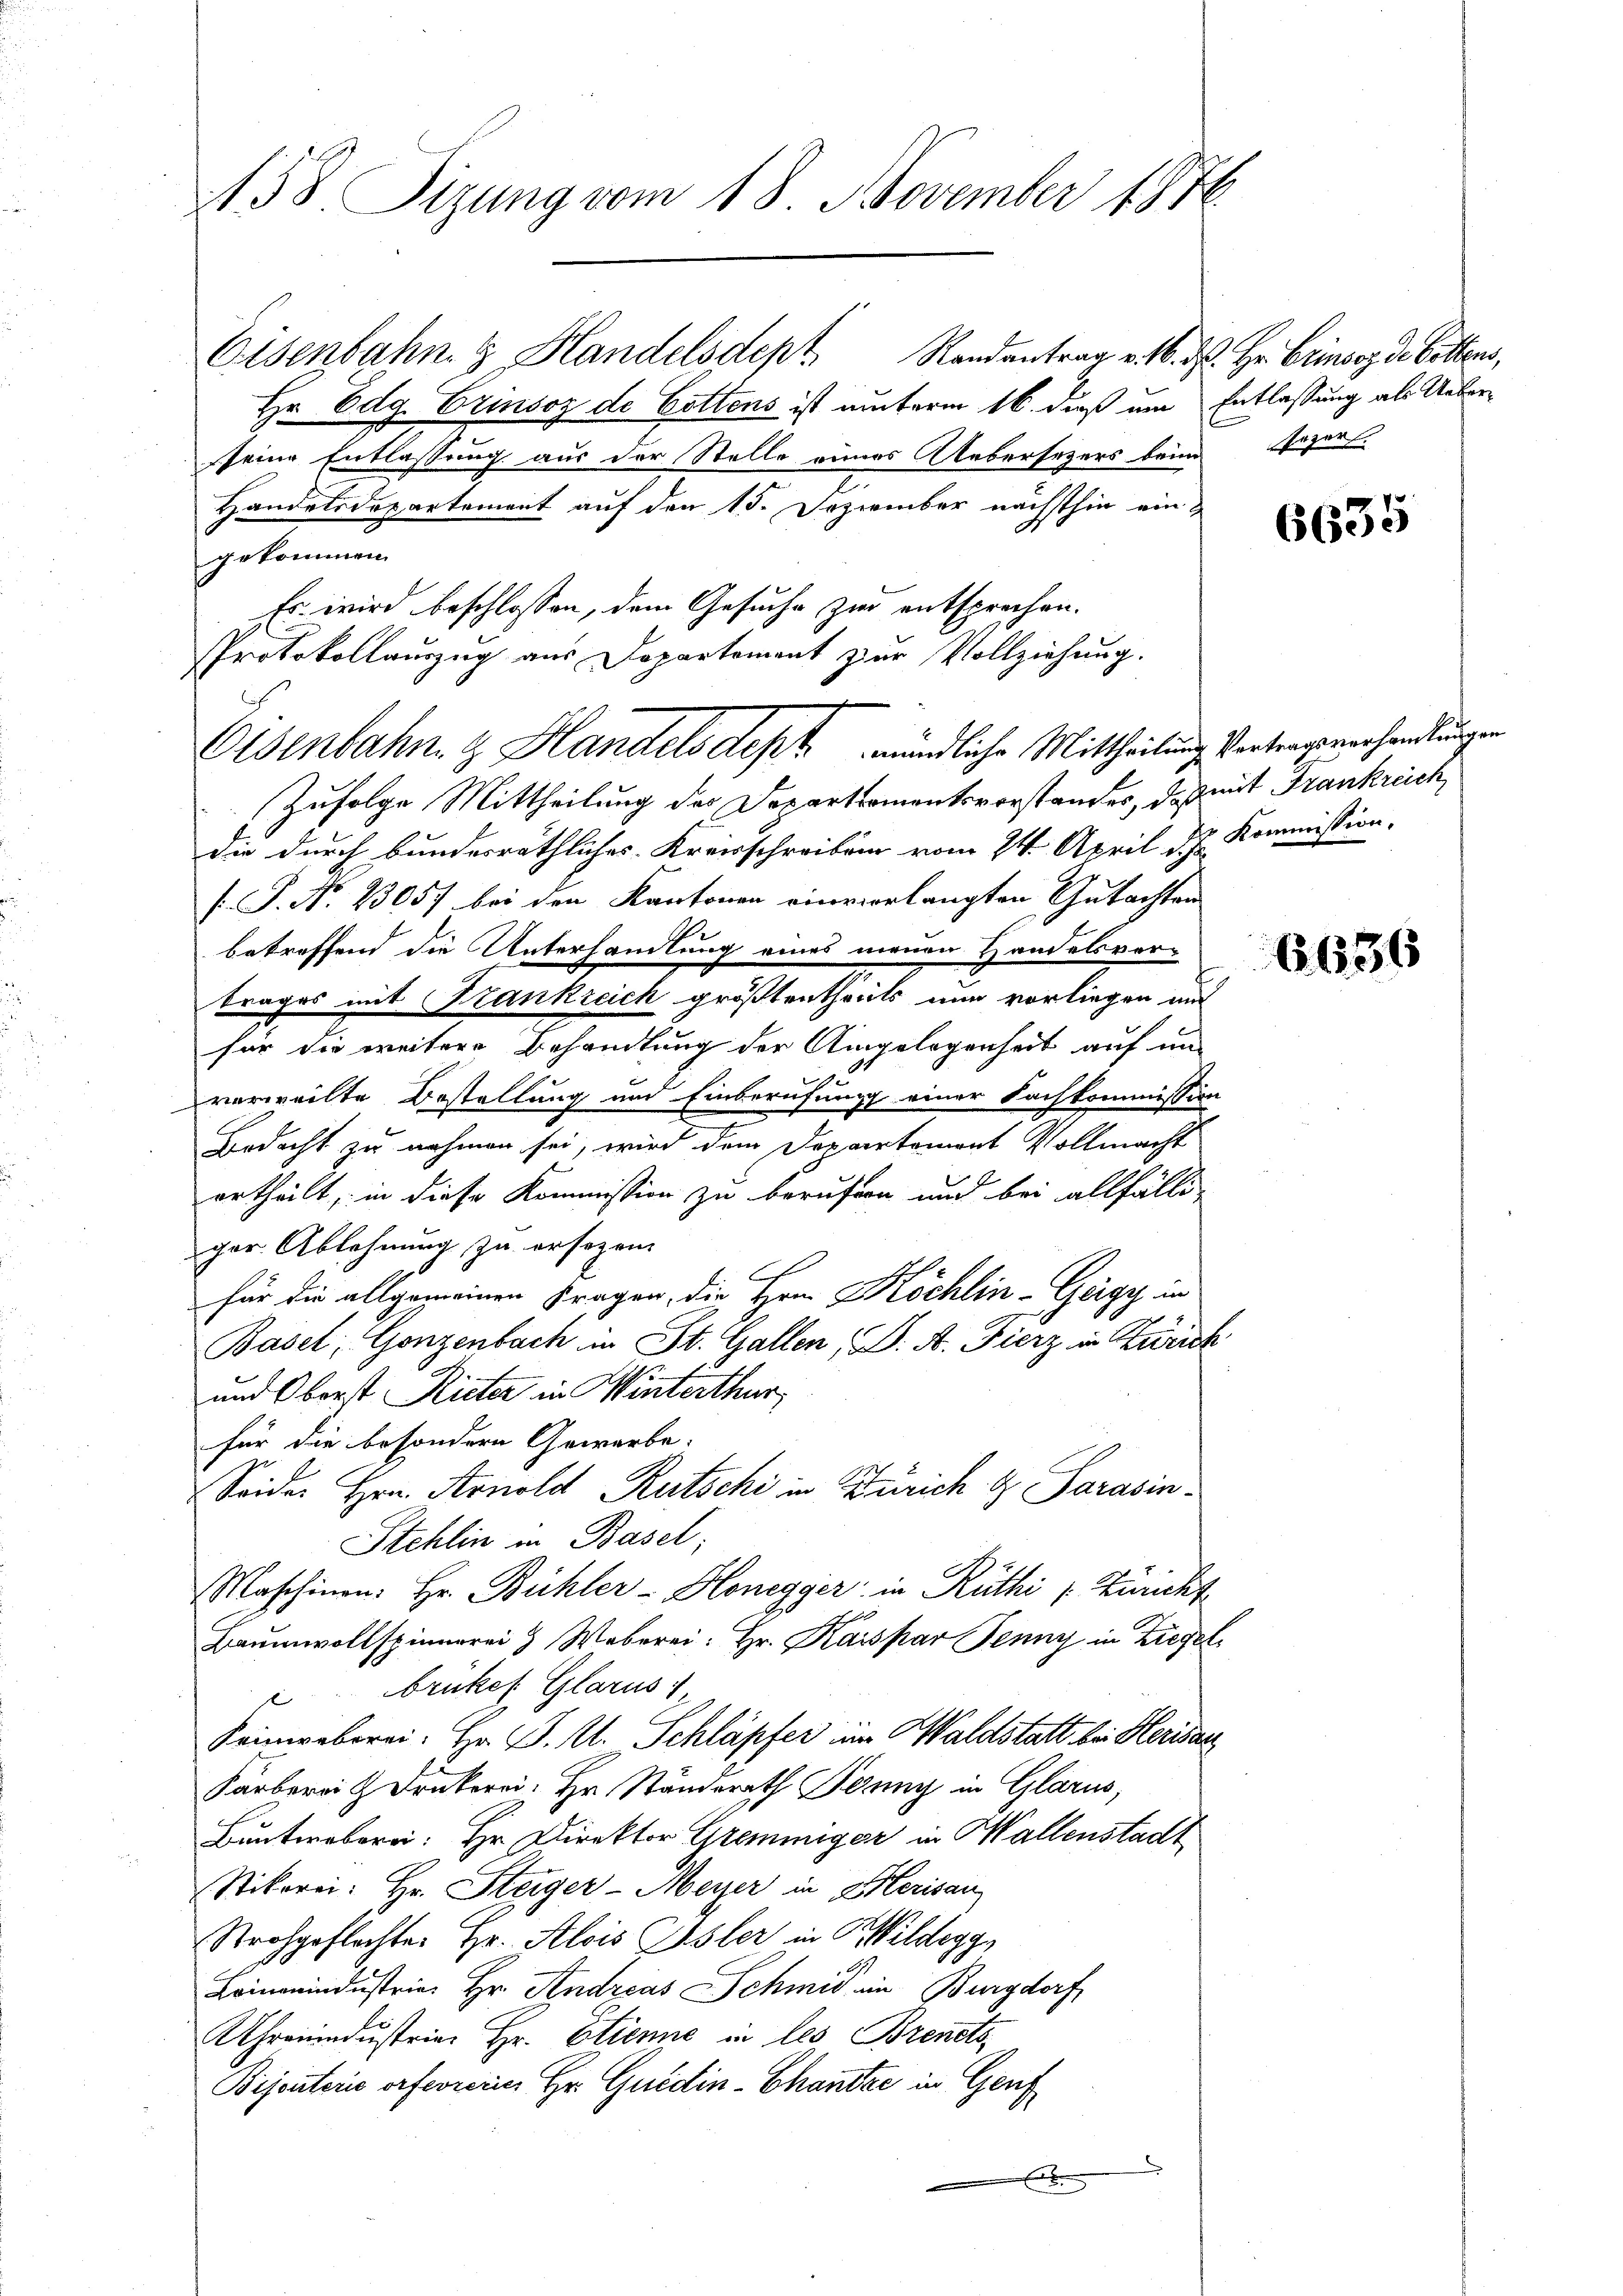
158. Sizung vom 18. November 1876

Protokollauszug aus Departement zur Vollziehung.
Osenbahn & Handels dept mündliche Mittheilung Vertragsverhandlungen

Osenbahn & Handelsdept. Randantrag v. 16. ds. Hr. Grinses de Bettens,
Hr. Odg. Erinsoz de Gottens ist unterm 16. dieß um Entlassung als Ueberseine Entlassung aus der Stelle eines Aebersezers beim
Handelsdepartement auf den 15. Dezember nächsthin eingekommen.
Es wird beschlossen, dem Gesuche zur entsprechen.
Zufolge Mittheilung des Departementsvorstandes, daß mit Frankreich
die durch bundesräthliches Kreisschreiben vom 24. April d. J. Kommission,
s P. Nr. 23057 bei den Kantonen einverlangten Gutachten
betreffend die Unterhandlung eines menen Handelsver-
trages mit Krankreich größtentheils nun vorliegen aus
für die weitere Behandlung der Angelegenheit auf un

verweilte Bestellung und Einberufung einer Fachkommission
Bedacht zu nehmen sei, wird dem Departemont Vollmacht
ertheilt, in diese Kommission zu berufen und bei allfälliger Ablehnung zu ersezen.
für die allgemeinen Fragen, die Hrn. Köchlin-Geigy in
Basel, Gonzenbach in St. Gallen (S. A. Fierz in Zurück
und Oberst Rieter in Winterthur
für die besondern Gewerbe.
Seider Hrn. Arnold Rutschi in Zürich & Sarasin¬
Stehlin in Basel;
Maschinen: Hr. Bühler-Honegger in Rüthi (Züricht
Baumwollspinnerei & Weberei: Hr. Kaispar Jenny in Ziegel
bruker Glarus
Keinweberei. Hr. J. U. Schläpfer im Waldstatt bei Herisan
Farberei & Drukerei. Hr. Ständerath Jenny in Glarus,
Bunterberei: Hr. Direktor Gremmiger in Wallenstadt
Stikorei: Hr. Steiger-Meyer in 2 Herisau
Strohgeflachter Hr. Alois Ausler in P. Wildeggs
Limonindustrie Hr. Andreas Schmid in Burgdorf
Uhronindustrie Hr. Etienne in les Brendts
Bijouterie orfernerie Hr. Guidin-Chantze in Genf

Jezer.

6635

6636